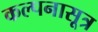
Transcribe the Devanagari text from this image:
कल्पनासूत्र